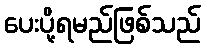
ပေးပို့ရမည်ဖြစ်သည်